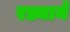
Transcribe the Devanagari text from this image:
रड्याने